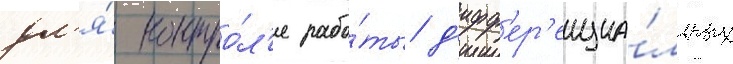
дл'я́ контро́л'я рабо́ты д'ифф'ер'енциа́льных